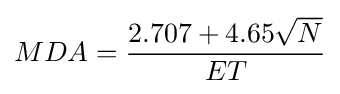
MDA={\frac {2.707+4.65{\sqrt {N}}}{ET}}